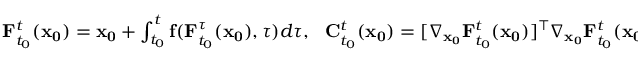
\begin{array} { r } { \mathbf { F } _ { t _ { 0 } } ^ { t } ( \mathbf { x _ { 0 } } ) = \mathbf { x _ { 0 } } + \int _ { t _ { 0 } } ^ { t } \mathbf { f } ( \mathbf { F } _ { t _ { 0 } } ^ { \tau } ( \mathbf { x _ { 0 } } ) , \tau ) d \tau , \ \ \mathbf { C } _ { t _ { 0 } } ^ { t } ( \mathbf { x _ { 0 } } ) = [ \nabla _ { \mathbf { x _ { 0 } } } \mathbf { F } _ { t _ { 0 } } ^ { t } ( \mathbf { x _ { 0 } } ) ] ^ { \top } \nabla _ { \mathbf { x _ { 0 } } } \mathbf { F } _ { t _ { 0 } } ^ { t } ( \mathbf { x _ { 0 } } ) . } \end{array}